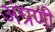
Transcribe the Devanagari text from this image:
अंग्रणी